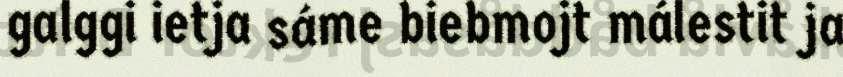
galggi ietja sáme biebmojt málestit ja